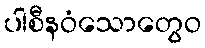
ပါစီနဝံသောတွေဝ